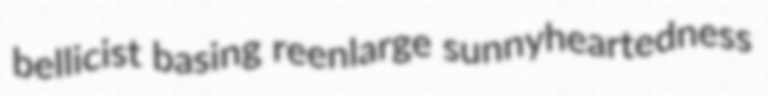
bellicist basing reenlarge sunnyheartedness